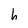
Character: h